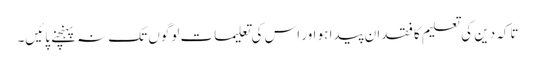
تاکہ دین کی تعلیم کا فقدان پیدا ہو اور اس کی تعلیمات لوگوں تک نہ پہنچنے پائیں۔